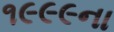
૧૯૯૯ના